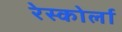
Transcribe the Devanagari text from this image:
रेस्कोर्ला